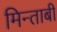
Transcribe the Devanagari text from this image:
मिन्ताबी